Annual report on the health of the army in India
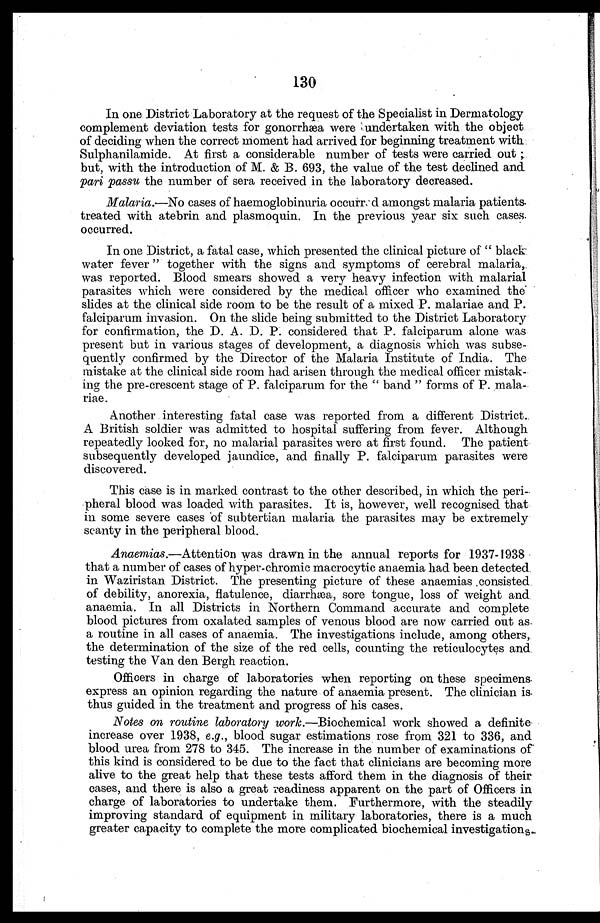
130
In one District Laboratory at the request of the Specialist in Dermatology
complement deviation tests for gonorrhæa were undertaken with the object
of deciding when the correct moment had arrived for beginning treatment with
Sulphanilamide. At first a considerable number of tests were carried out;
but, with the introduction of M. & B. 693, the value of the test declined and
pari passu the number of sera received in the laboratory decreased.
Malaria.—No cases of haemoglobinuria occurred amongst malaria patients
treated with atebrin and plasmoquin. In the previous year six such cases
occurred.
In one District, a fatal case, which presented the clinical picture of "black
water fever" together with the signs and symptoms of cerebral malaria,
was reported. Blood smears showed a very heavy infection with malarial
parasites which were considered by the medical officer who examined the
slides at the clinical side room to be the result of a mixed P. malariae and P.
falciparum invasion. On the slide being submitted to the District Laboratory
for confirmation, the D. A. D. P. considered that P. falciparum alone was
present but in various stages of development, a diagnosis which was subse
-quently confirmed by the Director of the Malaria Institute of India. The
mistake at the clinical side room had arisen through the medical officer mistak
-ing the pre-crescent stage of P. falciparum for the "band" forms of P. mala-
riae.
Another interesting fatal case was reported from a different District.
A British soldier was admitted to hospital suffering from fever. Although
repeatedly looked for, no malarial parasites were at first found. The patient
subsequently developed jaundice, and finally P. falciparum parasites were
discovered.
This case is in marked contrast to the other described, in which the peri
-pheral blood was loaded with parasites. It is, however, well recognised that
in some severe cases of subtertian malaria the parasites may be extremely
scanty in the peripheral blood.
Anaemias.—Attention was drawn in the annual reports for 1937-1938
that a number of cases of hyper-chromic macrocytic anaemia had been detected
in Waziristan District. The presenting picture of these anaemias consisted
of debility, anorexia, flatulence, diarrhæa, sore tongue, loss of weight and
anaemia. In all Districts in Northern Command accurate and complete
blood pictures from oxalated samples of venous blood are now carried out as
a routine in all cases of anaemia. The investigations include, among others,
the determination of the size of the red cells, counting the reticulocytes and
testing the Van den Bergh reaction.
Officers in charge of laboratories when reporting on these specimens
express an opinion regarding the nature of anaemia present. The clinician is
thus guided in the treatment and progress of his cases.
Notes on routine laboratory work.—Biochemical work showed a definite
increase over 1938, e.g., blood sugar estimations rose from 321 to 336, and
blood urea from 278 to 345. The increase in the number of examinations of
this kind is considered to be due to the fact that clinicians are becoming more
alive to the great help that these tests afford them in the diagnosis of their
cases, and there is also a great readiness apparent on the part of Officers in
charge of laboratories to undertake them. Furthermore, with the steadily
improving standard of equipment in military laboratories, there is a much
greater capacity to complete the more complicated biochemical investigations.